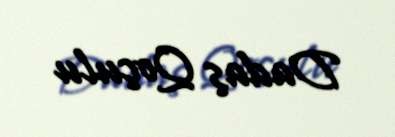
Dadaş Qoçulu